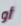
أو